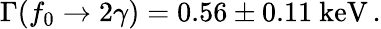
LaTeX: \Gamma(f_{0}\rightarrow 2\gamma)=0.56\pm 0.11\ \mathrm{keV}\, .